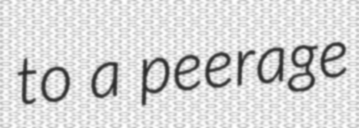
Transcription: to a peerage